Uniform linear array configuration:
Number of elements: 8
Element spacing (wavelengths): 0.25
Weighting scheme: exponential
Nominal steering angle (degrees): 45
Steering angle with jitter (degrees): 46.701
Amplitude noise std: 0.05
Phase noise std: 0.05

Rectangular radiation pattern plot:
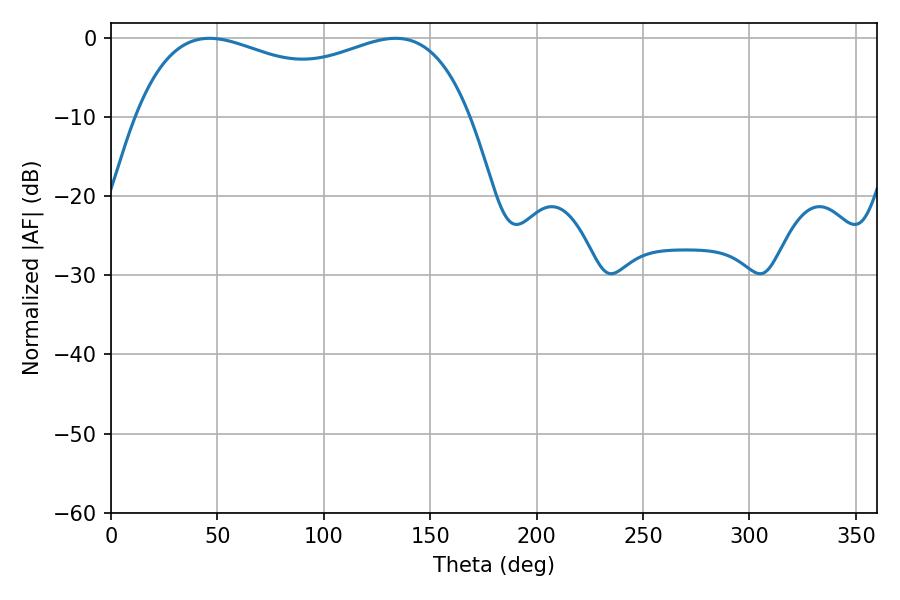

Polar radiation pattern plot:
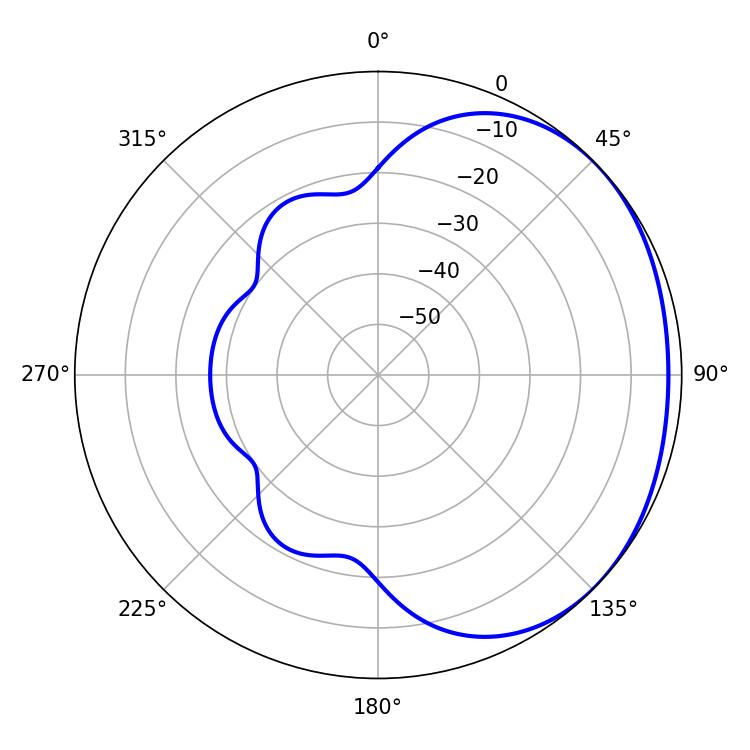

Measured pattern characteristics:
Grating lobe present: FALSE
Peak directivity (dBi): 1.507
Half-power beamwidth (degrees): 129.6
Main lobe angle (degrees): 46.26